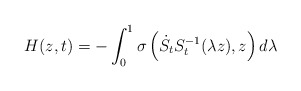
\begin{align*}H(z,t)=-\int_{0}^{1}\sigma\left( \dot{S}_{t}S_{t}^{-1}(\lambda z),z\right)d\lambda\end{align*}